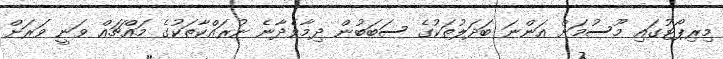
މިރިޕޯޓުގައި މޫސުމަށް އަންނަ ބަދަލުތަކުގެ ސަބަބުން ދިމާވެދާނެ ނުރައްކާތަކުގެ މައްޗައް ވަނީ ވަރަށް